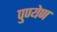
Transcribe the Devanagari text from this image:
पुण्येण